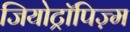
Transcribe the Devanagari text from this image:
जियोट्रॉपिज़्म